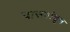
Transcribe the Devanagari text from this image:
यासर्वांतून